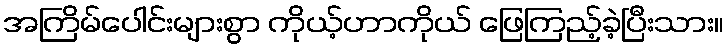
အကြိမ်ပေါင်းများစွာ ကိုယ့်ဟာကိုယ် ဖြေကြည့်ခဲ့ပြီးသား။